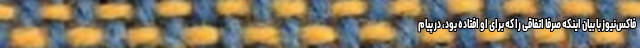
فاکس‌نیوز با بیان اینکه صرفا اتفاقی را که برای او افتاده بود، در پیام